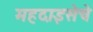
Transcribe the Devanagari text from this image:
महदाइसेचे